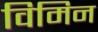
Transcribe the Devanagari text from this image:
विमिन